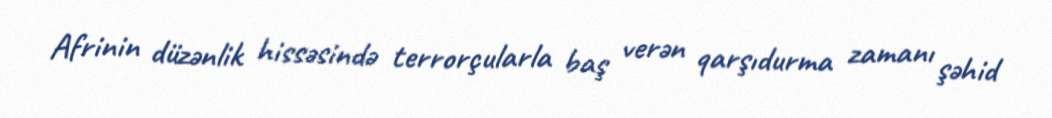
Afrinin düzənlik hissəsində terrorçularla baş verən qarşıdurma zamanı şəhid